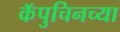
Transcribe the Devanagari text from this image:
कॅपुचिनच्या